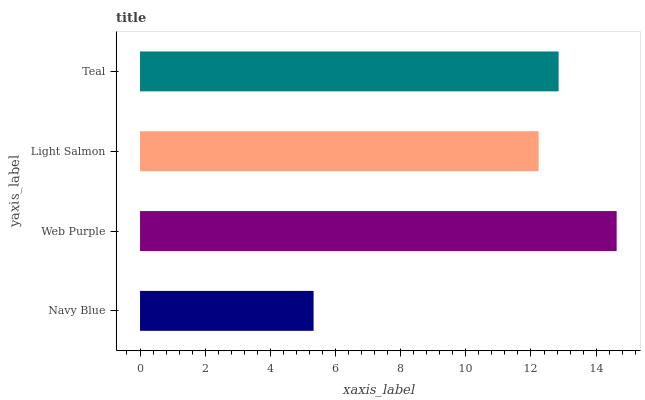
| yaxis_label | bars |
 | --- | --- |
 | Navy Blue | 5.33 |
 | Web Purple | 14.6 |
 | Light Salmon | 12.2 |
 | Teal | 12.8 |